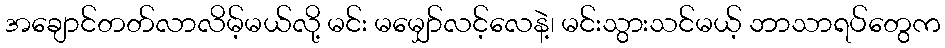
အချောင်တတ်လာလိမ့်မယ်လို့ မင်း မမျှော်လင့်လေနဲ့၊ မင်းသွားသင်မယ့် ဘာသာရပ်တွေက